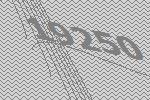
19250